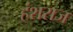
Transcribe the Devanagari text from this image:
हंशराज